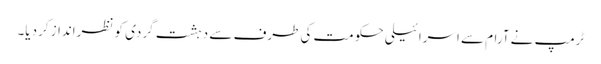
ٹرمپ نے آرام سے اسرائیلی حکومت کی طرف سے دہشت گردی کو نظرانداز کردیا۔